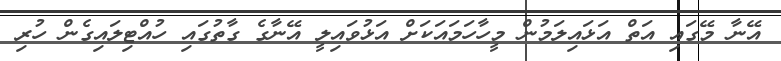
އޭނާ މޭގައި އަތް އަޅައިލަމުން މީހާހަމައަކަށް އަޅުވައިލީ އޭނާގެ ގާތުގައި ހުއްޓިލައިގެން ހުރި